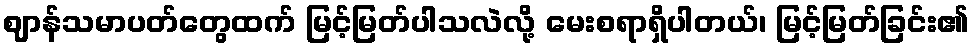
ဈာန်သမာပတ်တွေထက် မြင့်မြတ်ပါသလဲလို့ မေးစရာရှိပါတယ်၊ မြင့်မြတ်ခြင်း၏